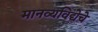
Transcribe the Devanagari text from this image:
मानव्यविद्येचे